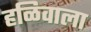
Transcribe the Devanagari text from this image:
हळिवाला